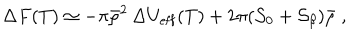
LaTeX: { \Delta } F ( T ) \simeq - \pi { \bar { \rho } } ^ { 2 } \, \Delta U _ { \mathrm { e f f } } ( T ) + 2 \pi ( { \cal S } _ { 0 } + { \cal S } _ { \beta } ) \bar { \rho } \; ,